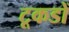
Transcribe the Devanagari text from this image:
टूकडों